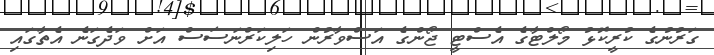
ގަރުނުގެ ކުރީކޮޅު މޯލްޓާގެ އެސްޓީ ޖޯންގެ އަސްވާރުން ހަލިކަރްނަސަސް އަށް ވަދެގަނެ އެތާގައި